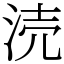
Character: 涜